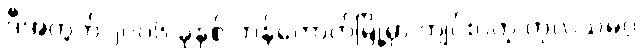
ဒီအတွက် ၂၀၀၆ ခုနှစ် ဘန်ကောက်မြို့မှာ ကျင်းပတဲ့ ကုလသမဂ္ဂ